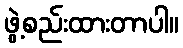
ဖွဲ့စည်းထားတာပါ။